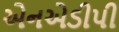
એનએડીપી